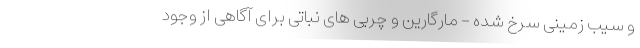
و سیب زمینی سرخ شده - مارگارین و چربی های نباتی برای آگاهی از وجود